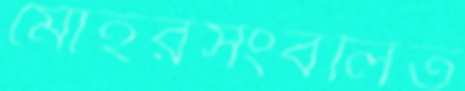
মোহরসংবলিত